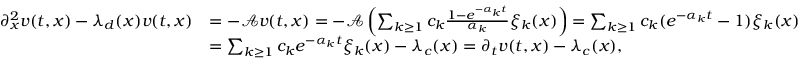
\begin{array} { r l } { \partial _ { x } ^ { 2 } v ( t , x ) - \lambda _ { d } ( x ) v ( t , x ) } & { = - \mathcal { A } v ( t , x ) = - \mathcal { A } \left( \sum _ { k \geq 1 } c _ { k } \frac { 1 - e ^ { - \alpha _ { k } t } } { \alpha _ { k } } \xi _ { k } ( x ) \right) = \sum _ { k \geq 1 } c _ { k } ( e ^ { - \alpha _ { k } t } - 1 ) \xi _ { k } ( x ) } \\ & { = \sum _ { k \geq 1 } c _ { k } e ^ { - \alpha _ { k } t } \xi _ { k } ( x ) - \lambda _ { c } ( x ) = \partial _ { t } v ( t , x ) - \lambda _ { c } ( x ) , } \end{array}